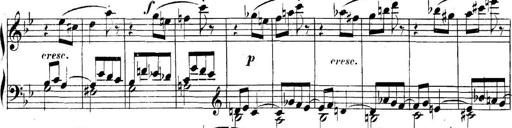
Title: Collected Piano Sonatas
Composer: Muzio Clementi